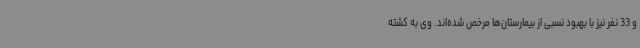
و 33 نفر نیز با بهبود نسبی از بیمارستان‌ها مرخص شده‌اند. وی به کشته